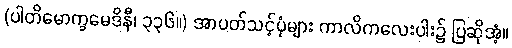
(ပါတိမောက္ခမေဒိနီ၊ ၃၃၆။) အာပတ်သင့်ပုံများ ကာလိကလေးပါး၌ ပြဆိုအံ့။